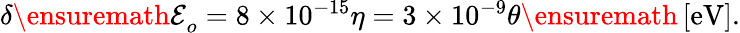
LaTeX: \begin{array}{r}{\delta{\ensuremath{\mathcal E}}_{o}=8\times 10^{-15}\eta=3\times 10^{-9}\theta\ensuremath{\, \mathrm{[eV]}}.}\end{array}